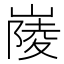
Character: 𡺿